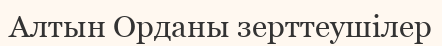
Алтын Орданы зерттеушілер